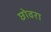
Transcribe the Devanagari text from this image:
छोवरा